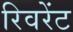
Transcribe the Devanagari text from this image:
रिवरेंट